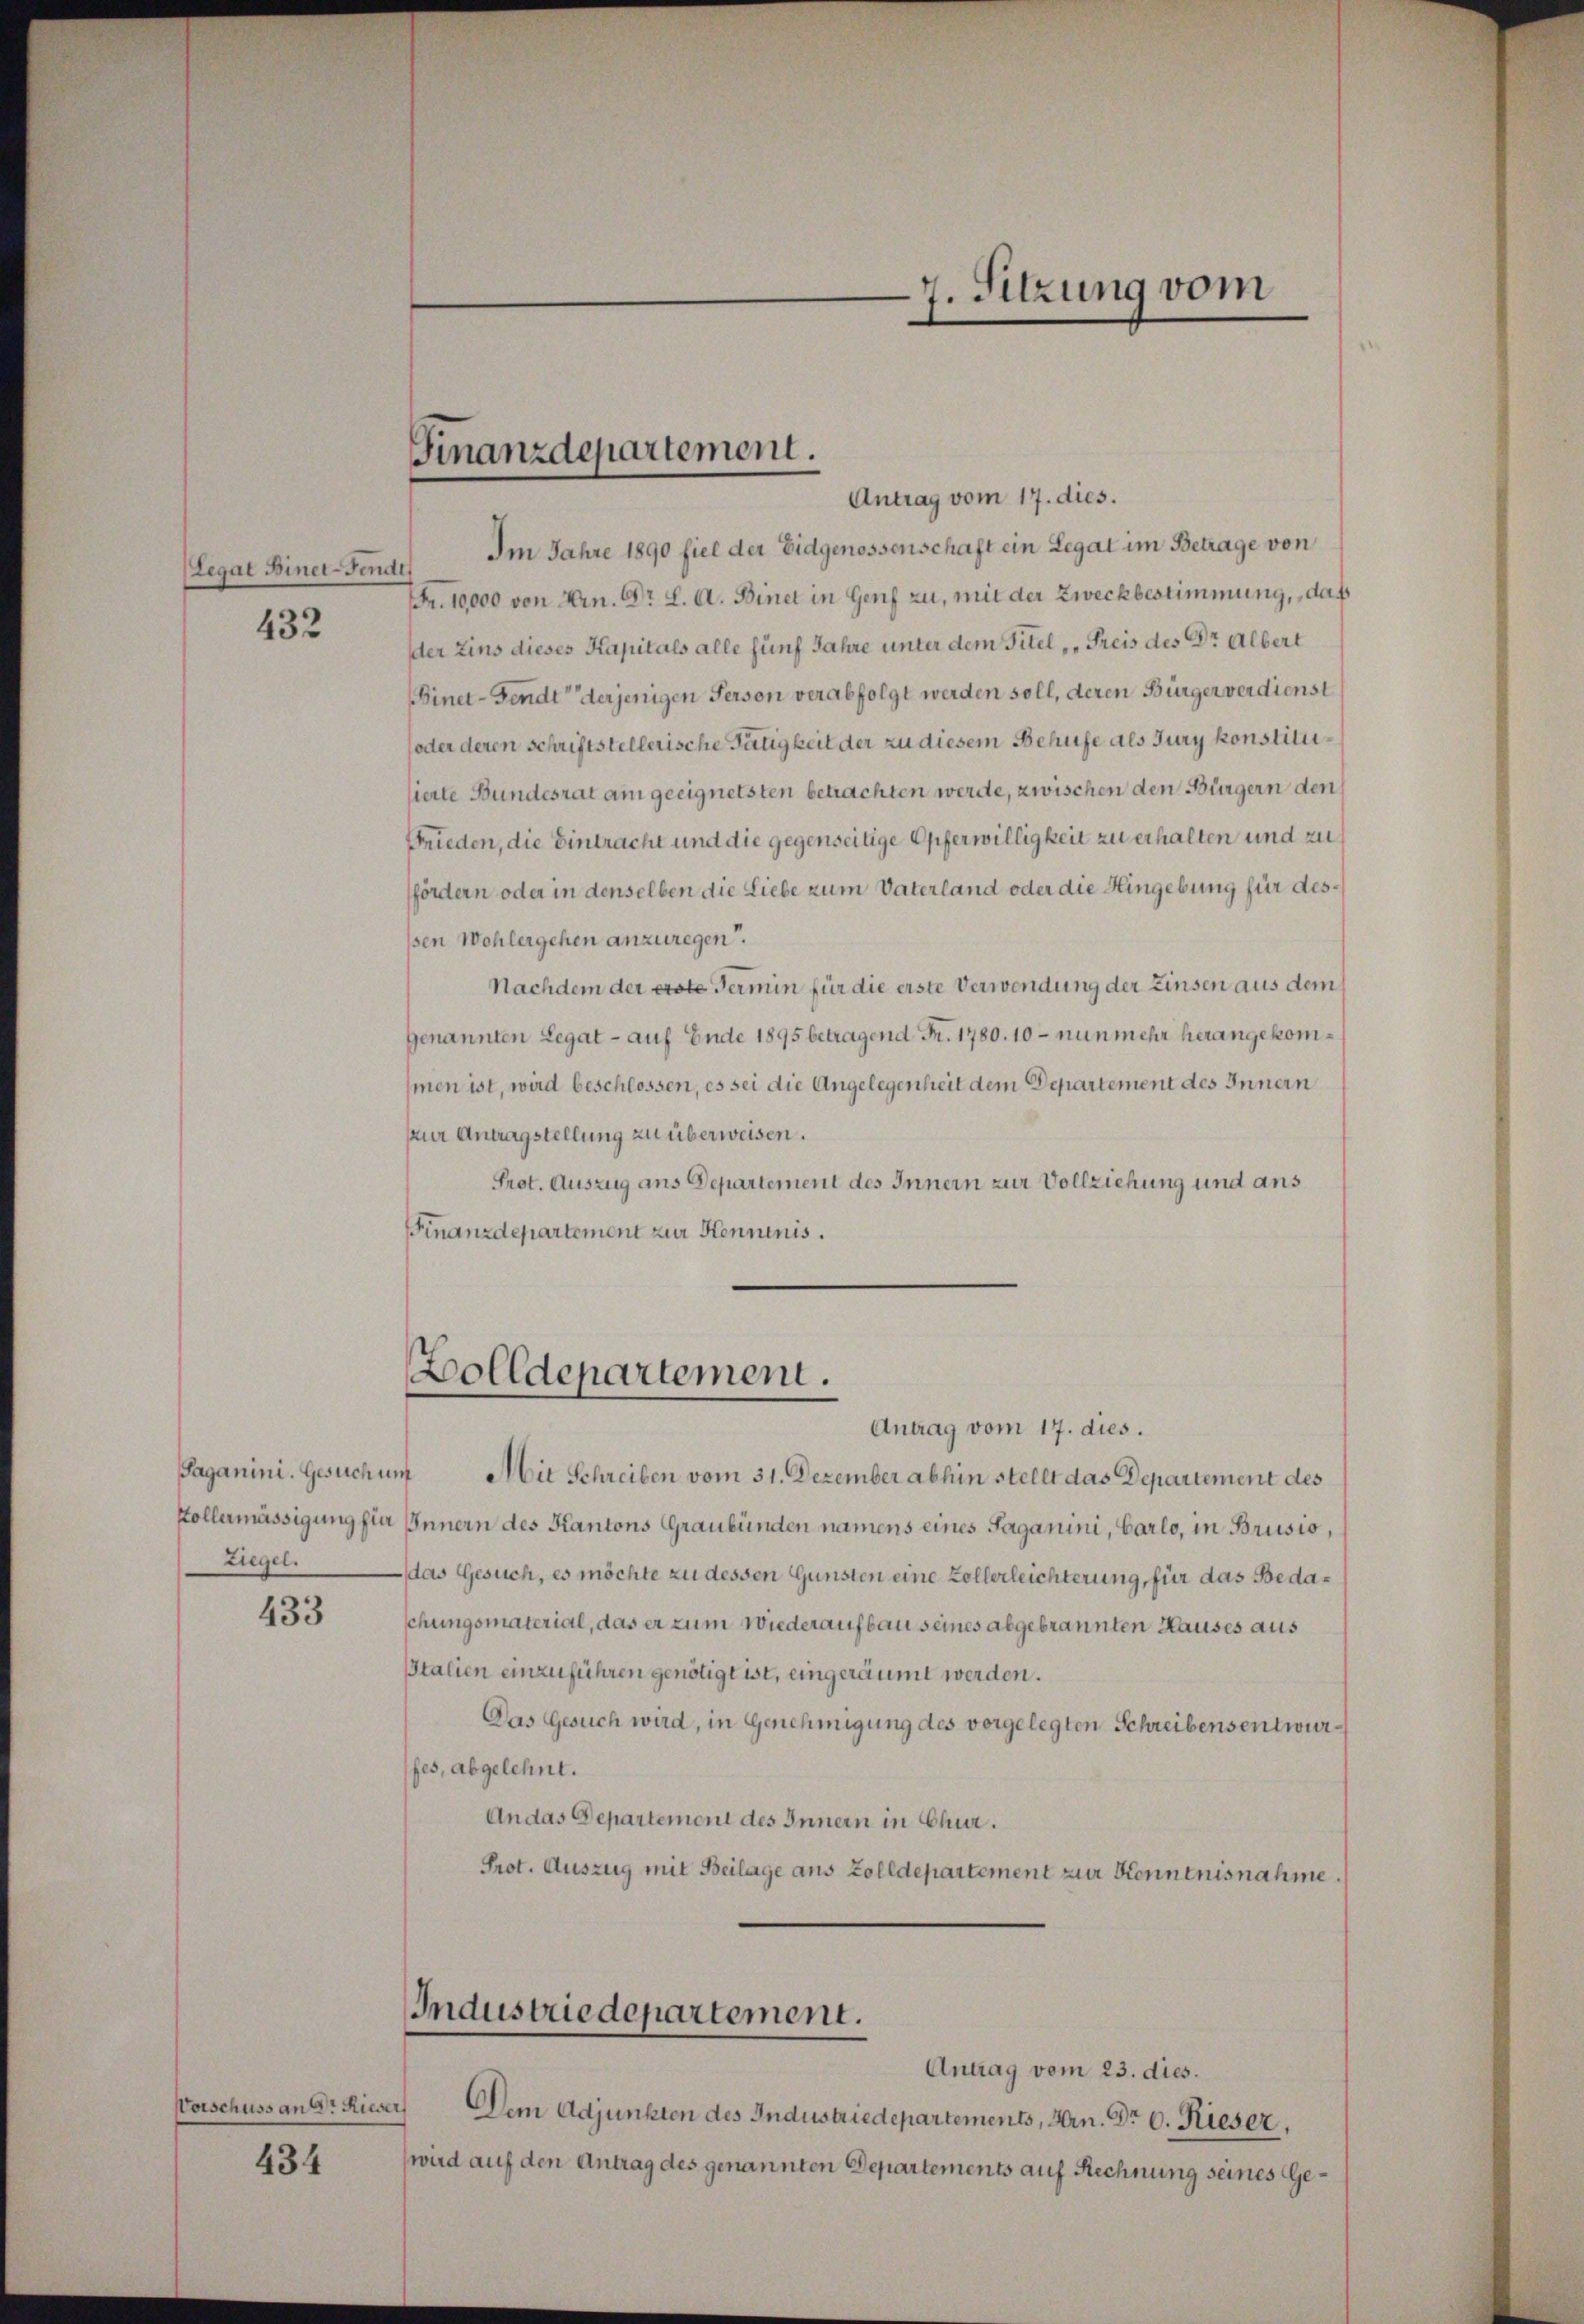
(Legat Biner-Fende

432

Saganini. Gesuch umf
Ziegel.

433

434

Im Jahre 1890 fiel der Eidgenossenschaft ein Legat im Betrage von
Fr. 10000 von Hrn. Dr. L. A. Binet in Genf zu, mit der Zweckbestimmung, daß
der Zins dieses Kapitals alle fünf Jahre unter dem Titel, Preis des Dr Albert
Finet-Fendt derjenigen Person verabfolgt werden soll, deren Bürger verdienst
(oder deren schriftstellerische Tätigkeit der zu diesem Behufe als Jury konstitusierte Bundesrat am geeignetsten betrachten werde, zwischen den Bürgern den
Frieden, die Eintracht und die gegenseitige Opferwilligkeit zu erhalten und zu
fördern oder in denselben die Liebe zum Vaterland oder die Hingebung für dessen Wohlergehen anzuregen.
Nachdem der erste Termin für die erste Verwendung der Zinsen aus dem
Genannten Legat - auf Ende 1895 betragend Fr. 1780. 10 - nunmehr herangekommen ist, wird beschlossen, es sei die Angelegenheit dem Departement des Innern
zur Antragstellung zu überweisen.
Prot. Auszug ans Departement des Innern zur Vollziehung und aus
Finanzdepartement zur Kenntnis.

Finanzdepartement.
Antrag vom 17. dies.

Zolldepartement.

7. Sitzung vom

Antrag vom 17. dies.
Mit Schreiben vom 31. Dezember abhin stellt das Departement des
Kollermässigung für Innern des Kantons Graubünden namens eines Saganini, Carlo, in Brusio,
das Gesuch, es möchte zu dessen Gunsten eine Zollerleichterung, für das Bedaschungsmaterial, das er zum Wiederaufbau seines abgebrannten Hauses aus
Italien einzuführen genötigt ist, eingeräumt werden.
Das Gesuch wird, in Genehmigung des vorgelegten Schreibensentwurfes, abgelehnt.
An das Departement des Innern in Chur.
Prot. Auszug mit Beilage aus Zolldepartement zur Kenntnisnahme.

Industriedepartement.
Antrag vom 23. dies.

Vorschuss an Dr Rieser Dem Adjunkten des Industriedepartements, Hrn. Dr 6. Rieser,
wird auf den Antrag des genannten Departements auf Rechnung seines Ge¬